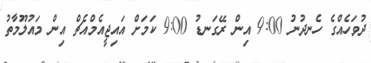
ދުވަހެއްގެ ހެނދުނު 9:00 އިން ރޭގަނޑު 9:00 ކަމަށް އައިޖީއެމްއެޗް އިން މައުލޫމާތު